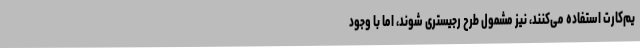
یم‌کارت‌ استفاده می‌کنند، نیز مشمول طرح رجیستری شوند، اما با وجود